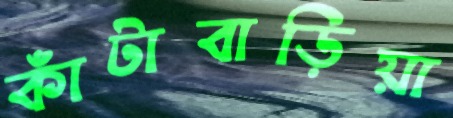
কাঁটাবাড়িয়া